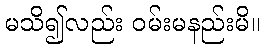
မသိ၍လည်း ဝမ်းမနည်းမိ။